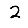
Digit: 2